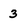
Character: 3